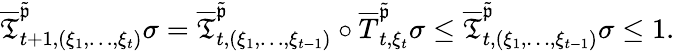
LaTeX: \begin{array}{r}{\overline{{\mathfrak{T}}}_{t+1,(\xi_{1},\dots,\xi_{t})}^{\tilde{\mathfrak{p}}}\sigma=\overline{{\mathfrak{T}}}_{t,(\xi_{1},\dots,\xi_{t-1})}^{\tilde{\mathfrak{p}}}\circ\overline{T}_{t,\xi_{t}}^{\tilde{\mathfrak{p}}}\sigma\le\overline{{\mathfrak{T}}}_{t,(\xi_{1},\dots,\xi_{t-1})}^{\tilde{\mathfrak{p}}}\sigma\le 1.}\end{array}